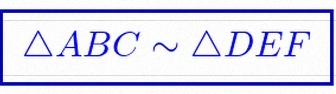
\triangle ABC\sim\triangle DEF